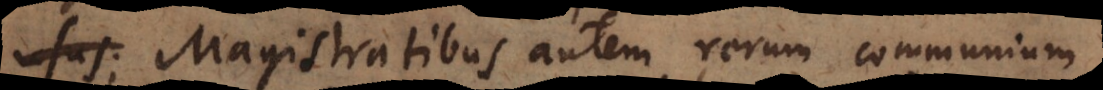
Magistratibus autem rerum communium